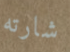
شارته